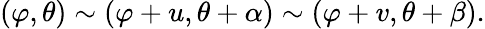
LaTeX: (\varphi,\theta)\sim(\varphi+u,\theta+\alpha)\sim(\varphi+v,\theta+\beta).